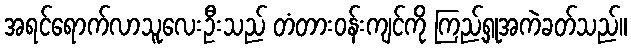
အရင်ရောက်လာသူလေးဦးသည် တံတားဝန်းကျင်ကို ကြည့်ရှုအကဲခတ်သည်။